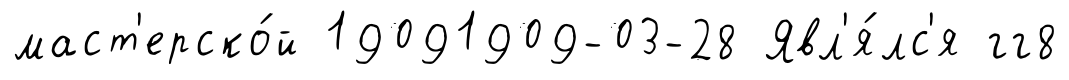
маст'ерско́й 19091909-03-28 Явл'я́лс'я гг8